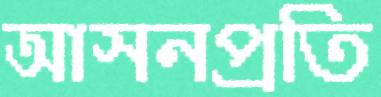
আসনপ্রতি